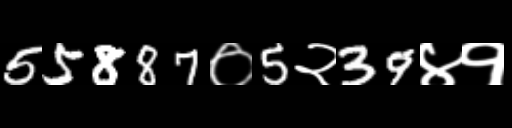
Text: 55887०5२39४१